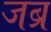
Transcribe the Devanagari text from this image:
जब्र